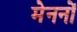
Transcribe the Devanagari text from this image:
मेननों